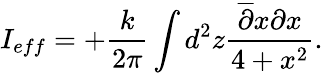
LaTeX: I_{eff}=+\frac{k}{2\pi}\int d^{2}z\frac{\overline{{{\partial}}}x\partial x}{4+x^{2}}.